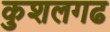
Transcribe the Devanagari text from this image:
कुशलगढ